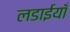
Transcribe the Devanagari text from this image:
लडाईयाँ